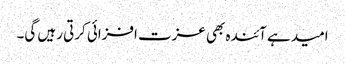
امید ہے آئندہ بھی عزت افزائی کرتی رہیں گی۔